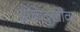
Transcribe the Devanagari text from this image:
डोकेदुखीवर